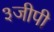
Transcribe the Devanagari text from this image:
३जीपी